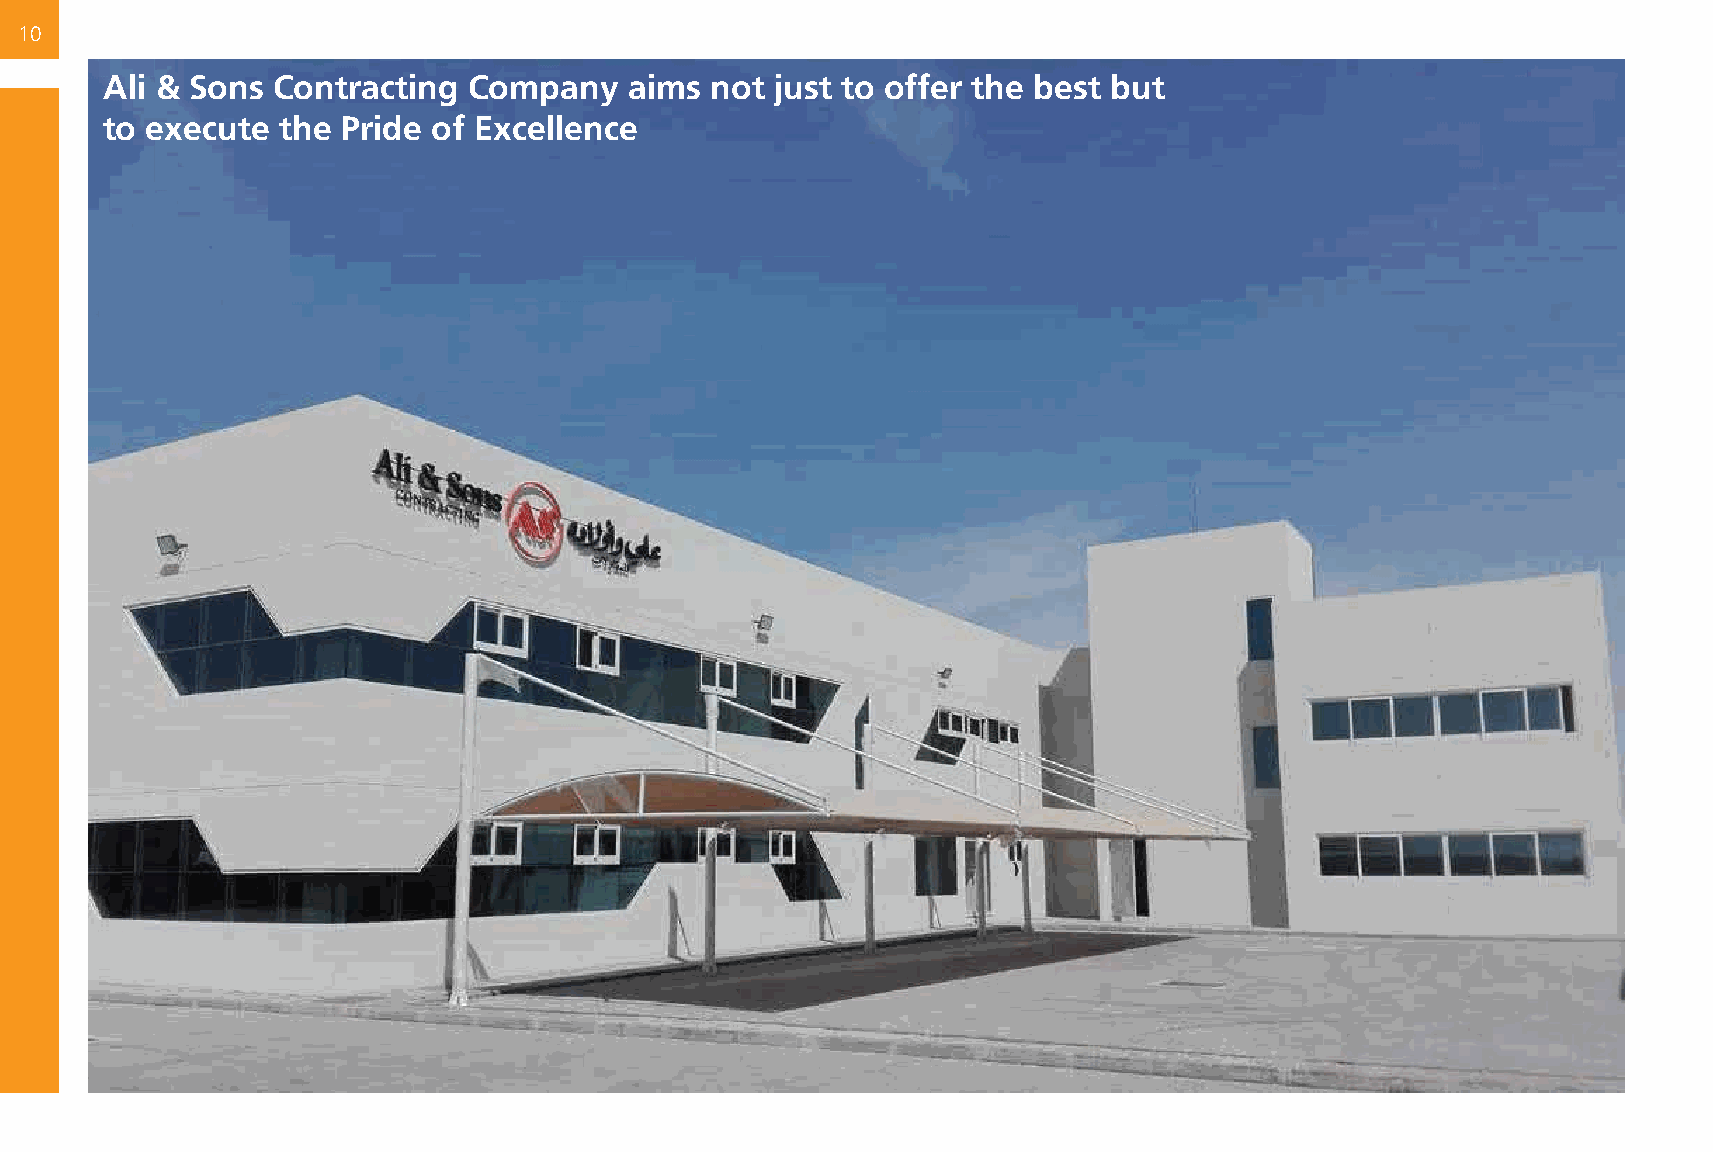
10
 Ali & Sons Contracting  Company    aims not just to offer the best but
 to execute  the Pride of Excellence